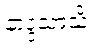
နာဒ္ဒသာသိံ